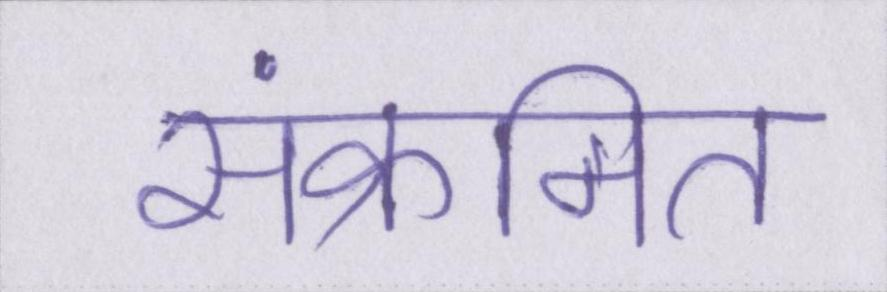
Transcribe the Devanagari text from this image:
संक्रमित